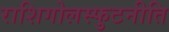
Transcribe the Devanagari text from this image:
राशिगोलस्फुटनीति